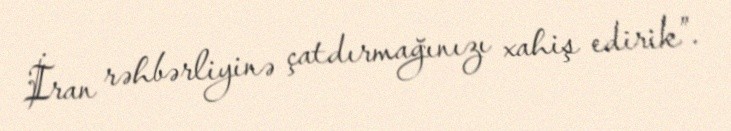
İran rəhbərliyinə çatdırmağınızı xahiş edirik”.